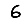
Digit: 6